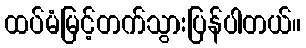
ထပ်မံမြင့်တက်သွားပြန်ပါတယ်။